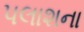
પલાશના